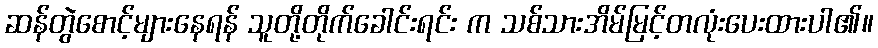
ဆန်တွဲစောင့်များနေရန် သူတို့တိုက်ခေါင်းရင်း က သစ်သားအိမ်မြင့်တလုံးပေးထားပါ၏။